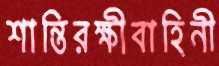
শান্তিরক্ষীবাহিনী